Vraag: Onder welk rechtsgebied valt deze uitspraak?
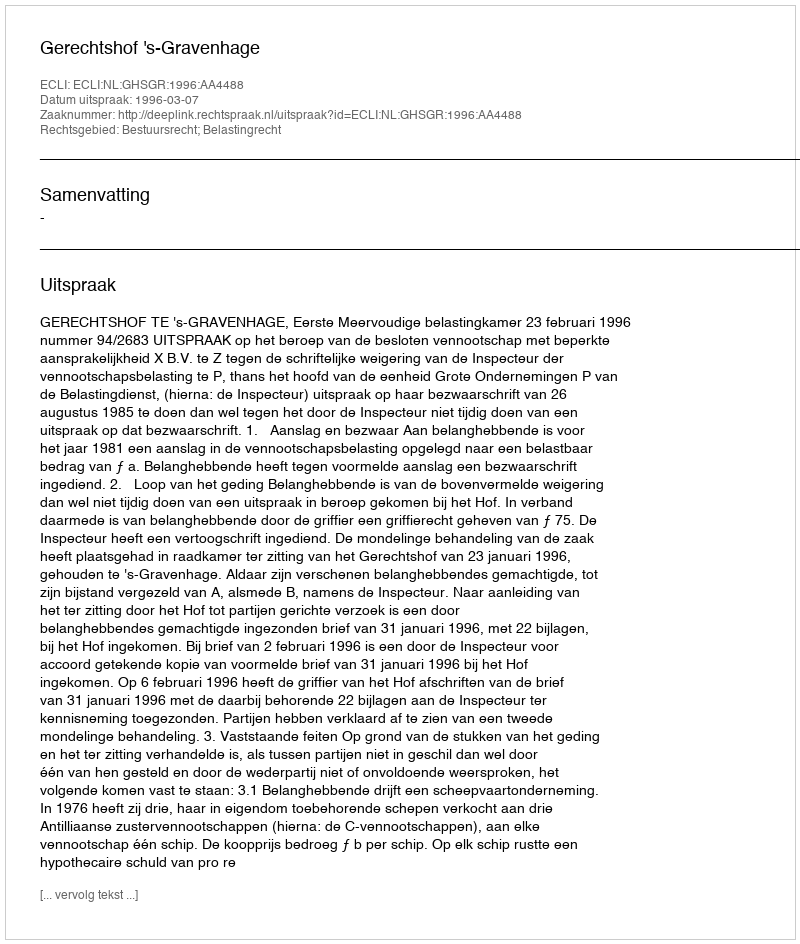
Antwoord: Bestuursrecht; Belastingrecht